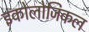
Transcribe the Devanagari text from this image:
इकोलोजिकल